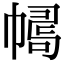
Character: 𢄛